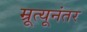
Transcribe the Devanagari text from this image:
म्रूत्यूनंतर